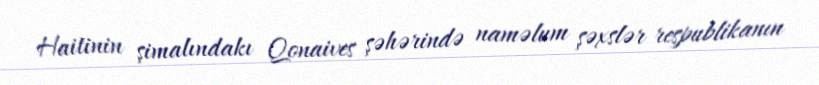
Haitinin şimalındakı Qonaives şəhərində naməlum şəxslər respublikanın